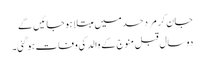
جان کر مَرد حسد میں مبتلا ہوجائیں گے
دو سال قبل منوج کے والد کی وفات ہو گئی۔